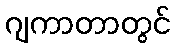
ဂျကာတာတွင်